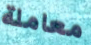
معاملة